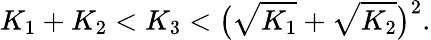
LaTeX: K_{1}+K_{2}<K_{3}<\big(\sqrt{K_{1}}+\sqrt{K_{2}}\big)^{2}.